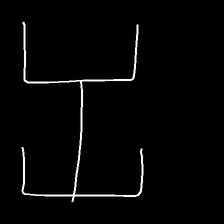
Glyph: entwine